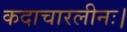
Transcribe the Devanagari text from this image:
कदाचारलीनः।